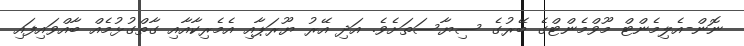
ނޮން-އެލިމެންޓް މޫވްމެންޓްގެ ބޭރުގެ ސިޔާސަތަށެވެ. އަދި އޭރު ޔޫރަޕާއި އެމެރިކާއާއި ގާތްގުޅުމެއް ބާއްވައިފައި